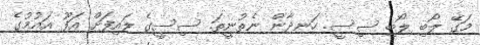
މަގޭ ލޯބި ލޯބި ސިސީ. ހަނދާން ނެތުނީތަ. ސިސީގެ ލައިފަށް އަފޫ އައުމުގެ